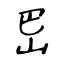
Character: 岊